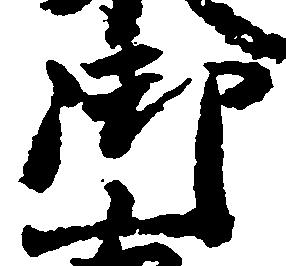
御